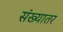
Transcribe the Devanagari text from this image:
संख्यातर